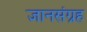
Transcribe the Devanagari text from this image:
ज्ञानसंग्रह